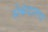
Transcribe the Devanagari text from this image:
सेकंदातच